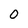
Character: 0